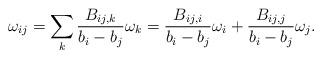
LaTeX: \begin{align*}\omega_{ij}=\sum_k\frac{B_{ij,k}}{b_i-b_j}\omega_k=\frac{B_{ij,i}}{b_i-b_j}\omega_i+\frac{B_{ij,j}}{b_i-b_j}\omega_j.\end{align*}